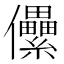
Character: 儽